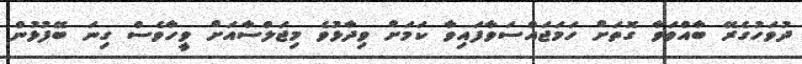
ދުވަހުގެރޭ ބާއްވަވާ ގޮތަށް ހަމަޖައްސަވާފައިވާ ކަމަށް ވިދާޅުވެ މިޖަލްސާއަށް ވީހާވެސް ގިނަ ބޭފުޅުން